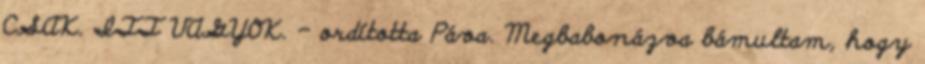
CSAK. ITT VAGYOK. – ordította Páva. Megbabonázva bámultam, hogy